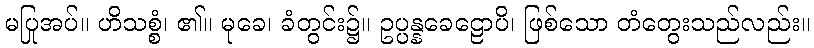
မပြုအပ်။ ဟိသစ္စံ၊ ၏။ မုခေ၊ ခံတွင်း၌။ ဥပ္ပန္နခေဠောပိ၊ ဖြစ်သော တံတွေးသည်လည်း။